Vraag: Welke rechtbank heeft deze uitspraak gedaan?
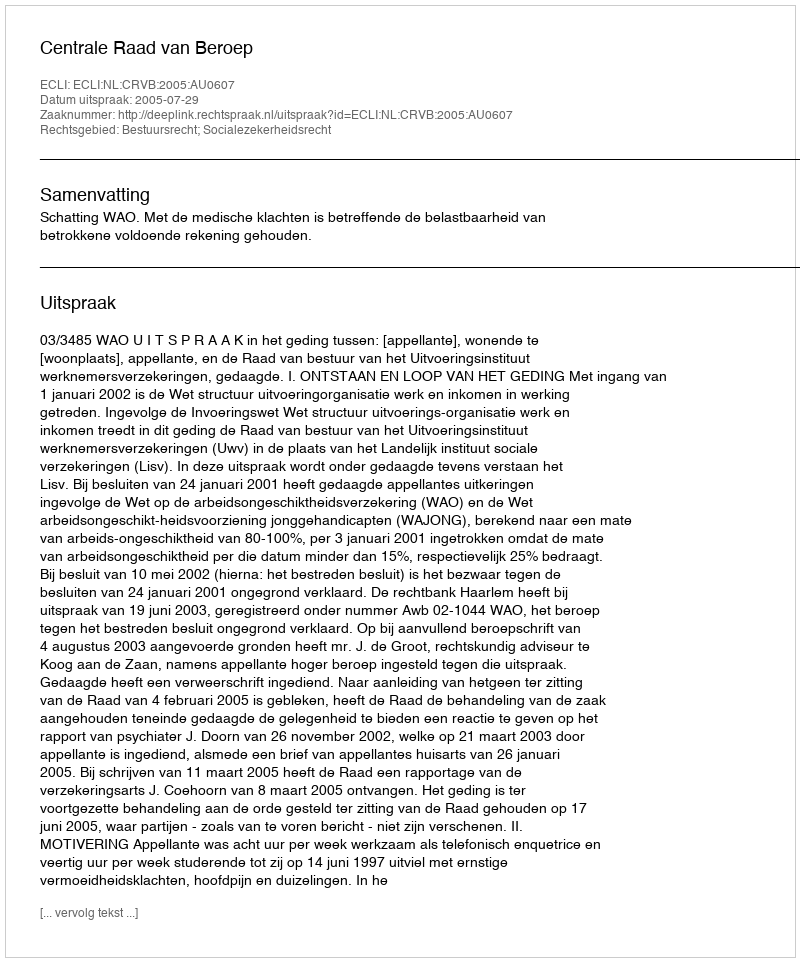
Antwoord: Centrale Raad van Beroep